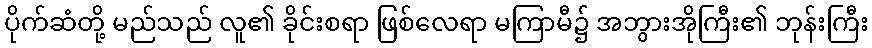
ပိုက်ဆံတို့ မည်သည် လူ၏ ခိုင်းစရာ ဖြစ်လေရာ မကြာမီ၌ အဘွားအိုကြီး၏ ဘုန်းကြီး